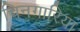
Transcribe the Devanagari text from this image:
चिनगारियां